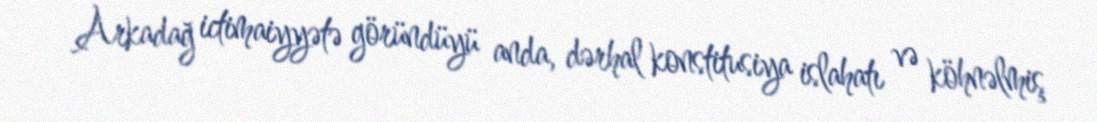
Arkadağ ictimaiyyətə göründüyü anda, dərhal konstitusiya islahatı və köhnəlmiş